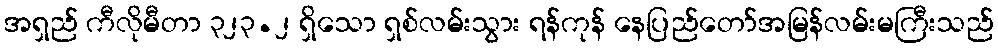
အရှည် ကီလိုမီတာ ၃၂၃.၂ ရှိသော ရှစ်လမ်းသွား ရန်ကုန် နေပြည်တော်အမြန်လမ်းမကြီးသည်